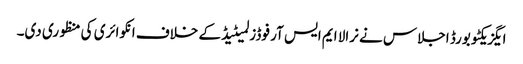
ایگزیکٹو بورڈ اجلاس نے نرالا ایم ایس آر فوڈز لمیٹیڈ کے خلاف انکوائری کی منظوری دی۔